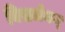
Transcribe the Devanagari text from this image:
विसर्जनम्